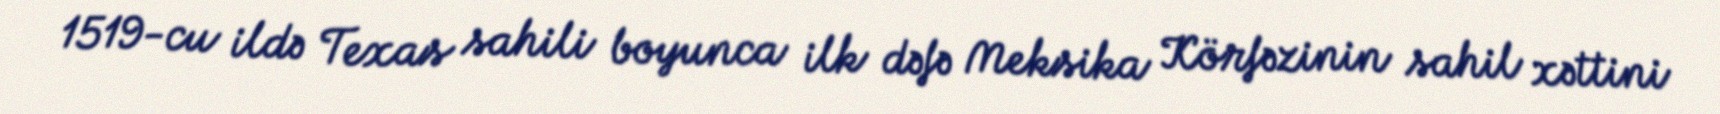
1519-cu ildə Texas sahili boyunca ilk dəfə Meksika Körfəzinin sahil xəttini